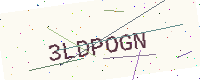
Text: 3LDPOGN